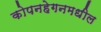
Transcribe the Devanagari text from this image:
कोपनहेगनमधील